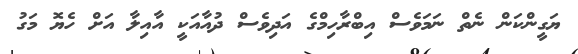
ޔަގީންކަން ނެތް ނަމަވެސް އިބްރާހިމްގެ އަދިވެސް ދުއާއަކީ އާއިލާ އަށް ހެޔޮ މަގު